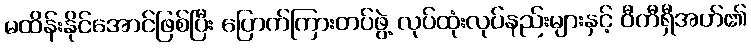
မထိန်းနိုင်အောင်ဖြစ်ပြီး ပြောက်ကြားတပ်ဖွဲ့ လုပ်ထုံးလုပ်နည်းများနှင့် ဝီကီရှီအဟ်၏